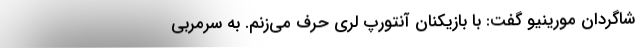
شاگردان مورینیو گفت: با بازیکنان آنتورپ لُری حرف می‌زنم. به سرمربی